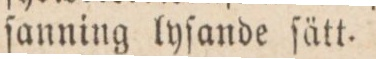
ſanning lyſande ſätt.